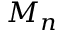
M _ { n }